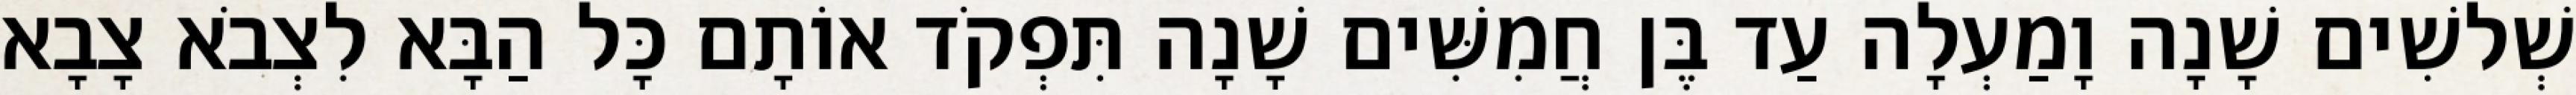
שְׁלשִׁים שָׁנָה וָמַעְלָה עַד בֶּן חֲמִשִּׁים שָׁנָה תִּפְקֹד אוֹתָם כָּל הַבָּא לִצְבֹא צָבָא